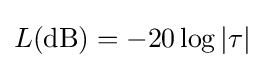
L(\mathrm {dB} )=-20\log |\tau |\